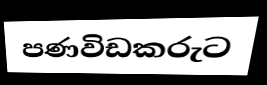
පණවිඩකරුට